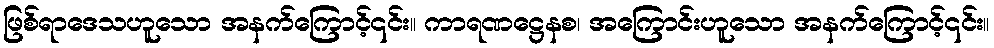
ဖြစ်ရာဒေသဟူသော အနက်ကြောင့်၎င်း။ ကာရဏဋ္ဌေနစ၊ အကြောင်းဟူသော အနက်ကြောင့်၎င်း။